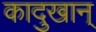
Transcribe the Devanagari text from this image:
कादुखान्